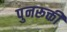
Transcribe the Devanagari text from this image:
पुनरूक्ती